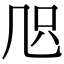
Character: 𠙂